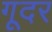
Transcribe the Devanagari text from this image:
गूदर